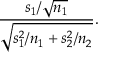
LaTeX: { \frac { s _ { 1 } / { \sqrt { n _ { 1 } } } } { \sqrt { s _ { 1 } ^ { 2 } / n _ { 1 } + s _ { 2 } ^ { 2 } / n _ { 2 } } } } .